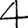
Digit: 4